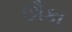
છૌકા